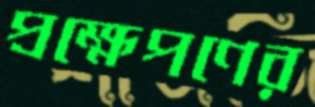
প্রক্ষেপণের